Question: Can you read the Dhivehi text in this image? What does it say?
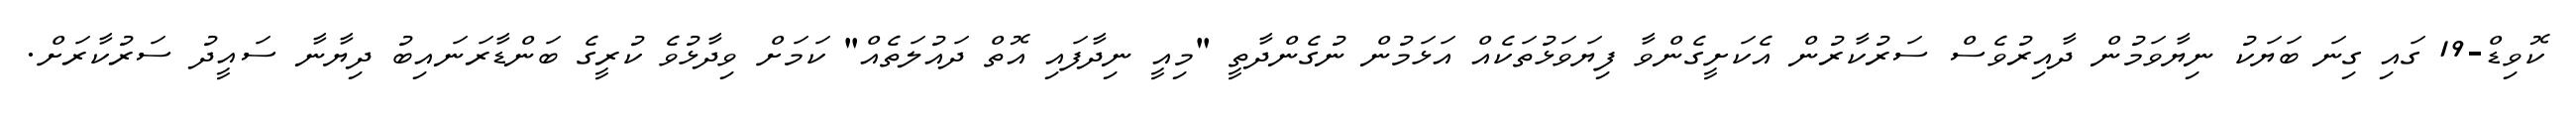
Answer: ކޮވިޑް-19 ގައި ގިނަ ބަޔަކު ނިޔާވަމުން ދާއިރުވެސް ސަރުކާރުން އެކަށީގެންވާ ފިޔަވަޅުތަކެއް އަޅަމުން ނުގެންދާތީ "މިއީ ނިދާފައި އޮތް ދައުލަތެއް" ކަމަށް ވިދާޅުވެ ކުރީގެ ބަންޑާރަނައިބު ދިޔާނާ ސައީދު ސަރުކާރަށް.